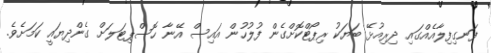
ފަނގިފިލާއެއްގައި ދިރިއުޅޭ ބަޔަކު ރިޕޯޓްކޮށްގެން ފުލުހުން އައިސް އޭނާ ހޮސްޕިޓަލަށް ގެންދިޔައީ ކަމަށެވެ.